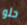
حلو